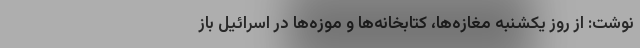
نوشت: از روز یکشنبه مغازه‌ها، کتابخانه‌ها و موزه‌ها در اسرائیل باز